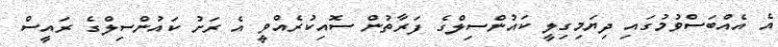
އެ އެއްބަސްވުމުގައި ދިޔަމިގިލީ ކައުންސިލްގެ ފަރާތުން ސޮއިކުރެއްވީ އެ ރަށު ކައުންސިލްގެ ރައީސް